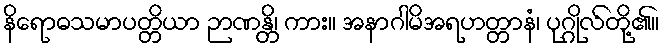
နိရောဓသမာပတ္တိယာ ဉာဏန္တိ၊ ကား။ အနာဂါမိအရဟတ္တာနံ၊ ပုဂ္ဂိုလ်တို့၏။